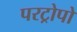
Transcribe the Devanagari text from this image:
परट्रोपो